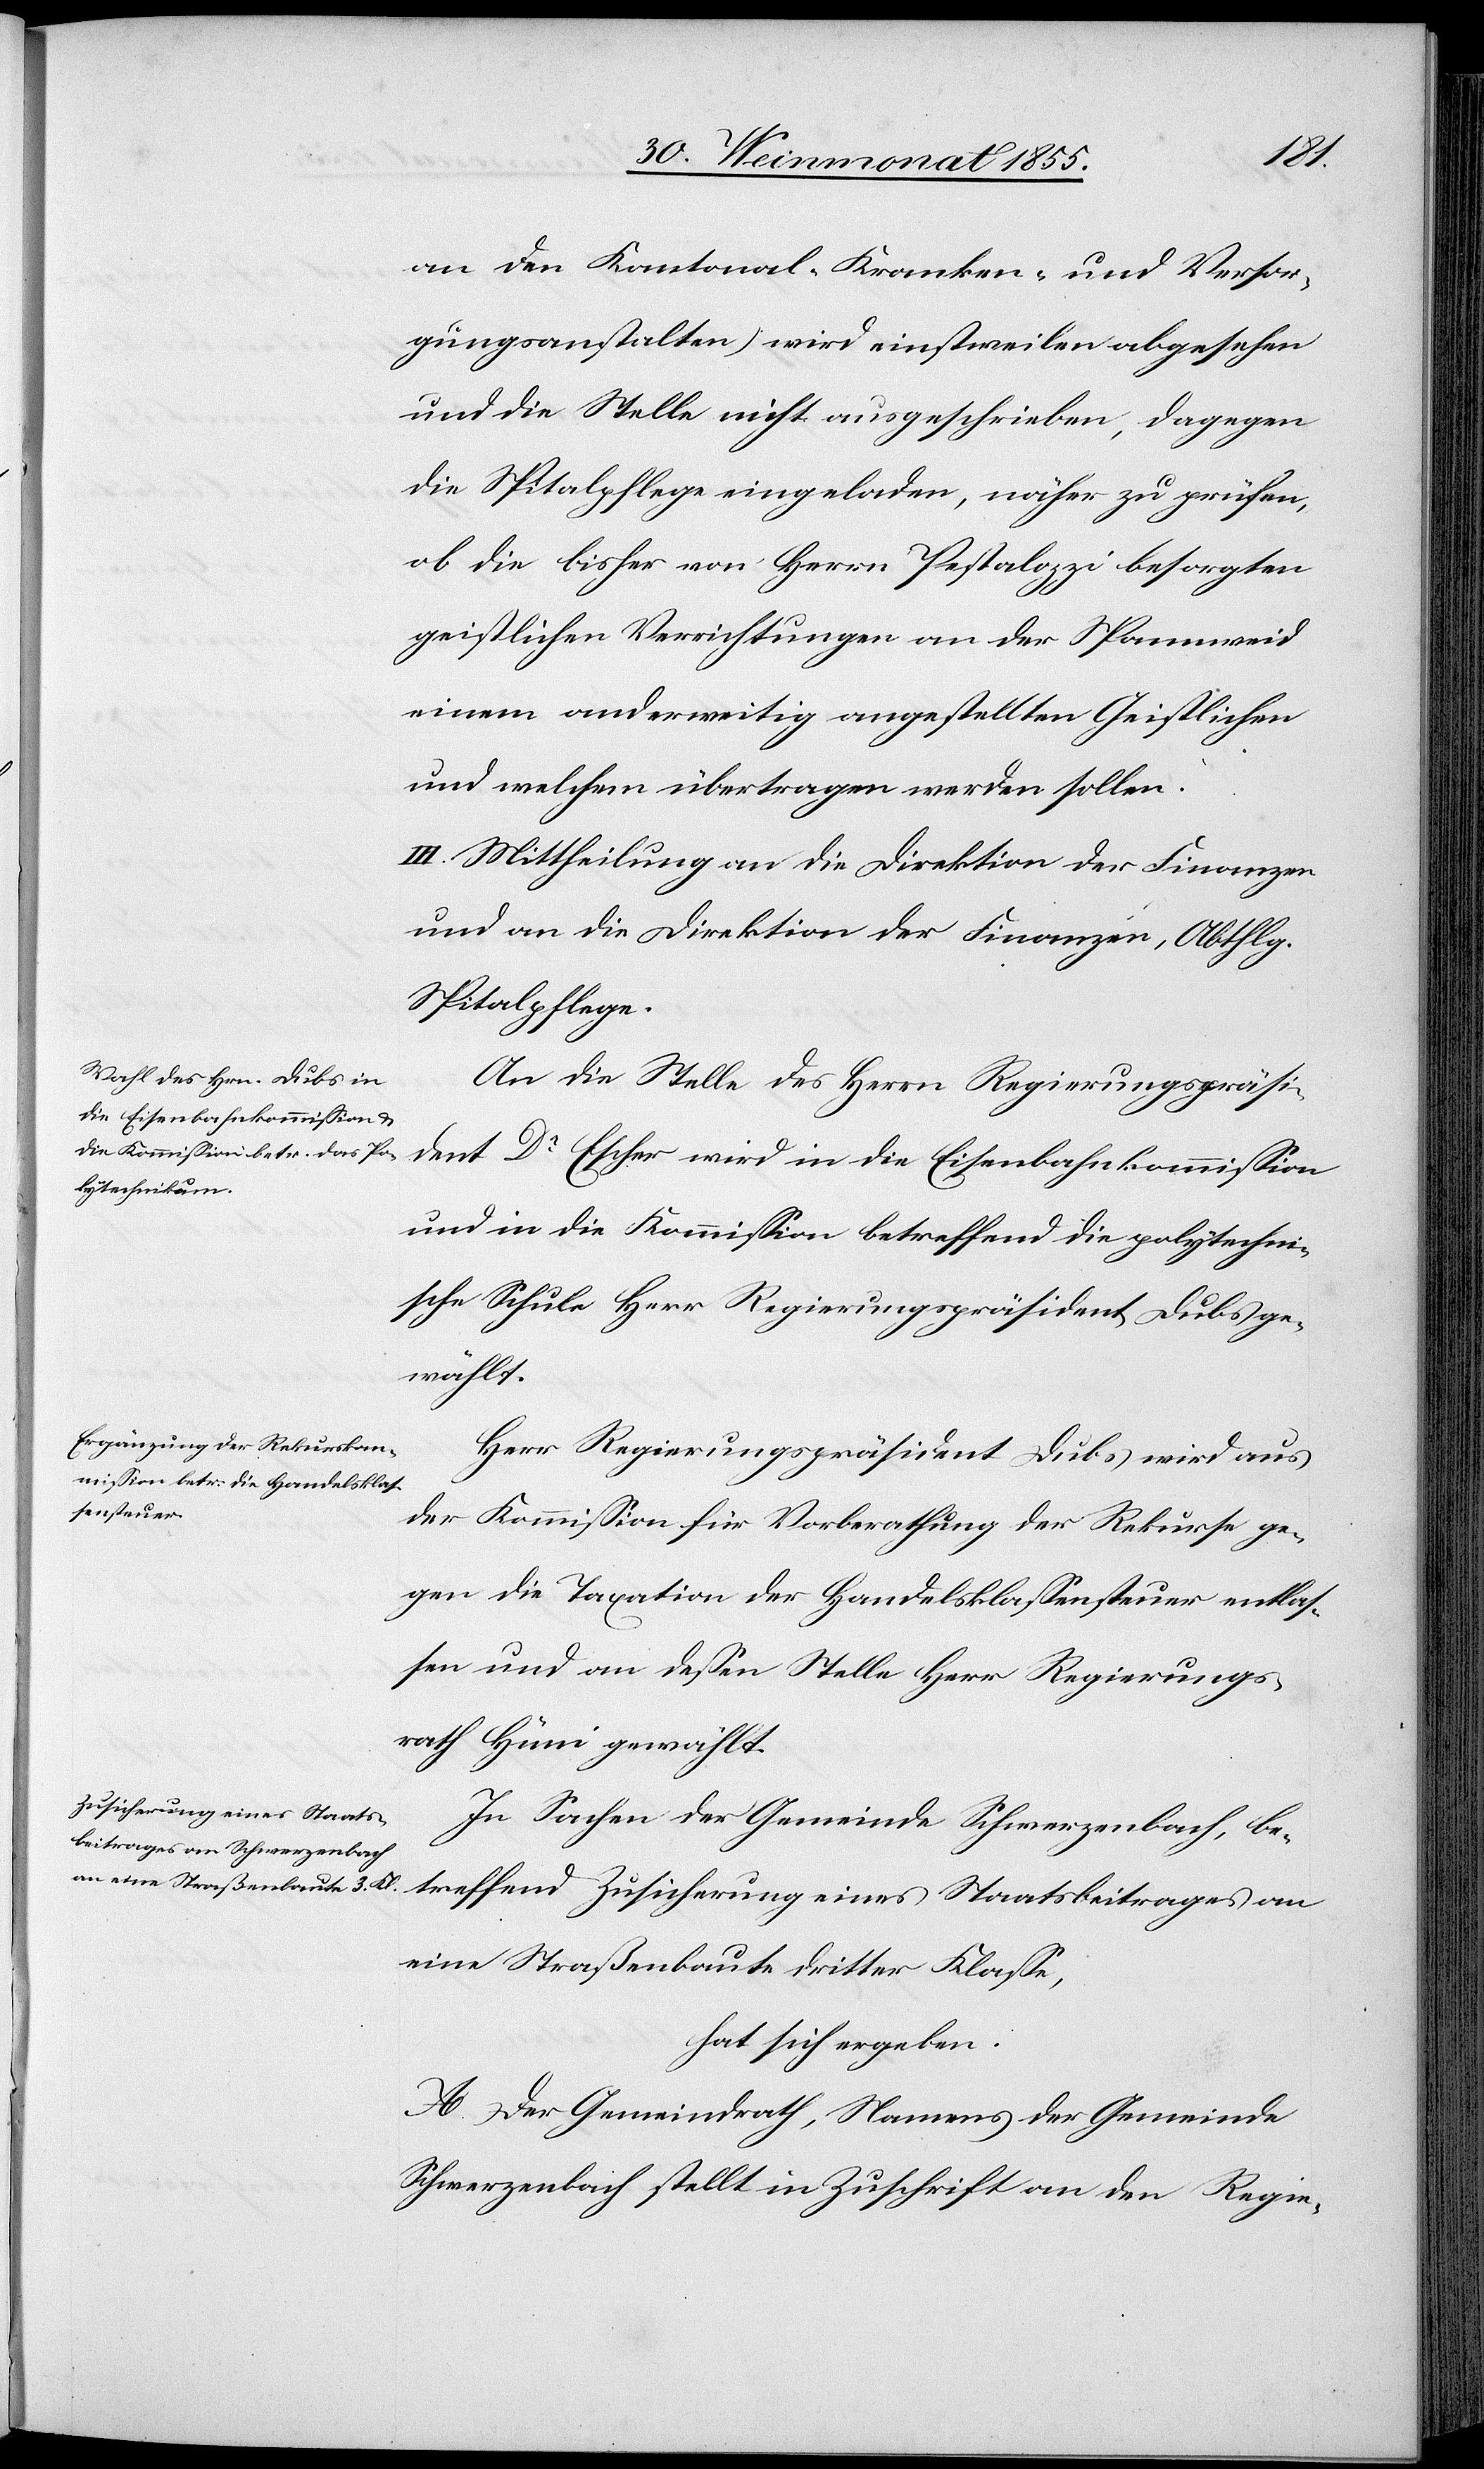
an den Kantonal- Kranken- und Versor¬
gungsanstalten) wird einstweilen abgesehen
und die Stelle nicht ausgeschrieben, dagegen
die Spitalpflege eingeladen, näher zu prüfen,
ob die bisher von Herrn Pestalozzi besorgten
geistlichen Verrichtungen an der Spannweid
einem anderweitig angestellten Geistlichen
und welchem übertragen werden sollen.
III. Mittheilung an die Direktion der Finanzen
und an die Direktion der Finanzen, Abthlg.
Spitalpflege.
An die Stelle des Herrn Regierungspräsi¬
dent Dr Escher wird in die Eisenbahnkommission
und in die Kommission betreffend die polytechni¬
sche Schule Herr Regierungspräsident Dubs ge¬
wählt.
Herr Regierungspräsident Dubs wird aus
der Kommission für Vorberathung der Rekurse ge¬
gen die Taxation der Handelsklassensteuer entlas¬
sen und an dessen Stelle Herr Regierungs¬
rath Hüni gewählt.
In Sachen der Gemeinde Schwerzenbach, be¬
treffend Zusicherung eines Staatsbeitrages an
eine Straßenbaute dritter Klasse,
hat sich ergeben:
A. Der Gemeindrath, Namens der Gemeinde
Schwerzenbach stellt in Zuschrift an den Regie-